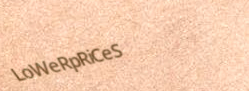
LoWeRpRiCeS